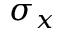
\sigma _ { x }